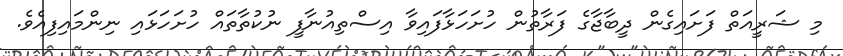
މި ޝަރީއަތް ފަށައިގެން ދީބާޖާގެ ފަރާތުން ހުށަހަޅާފައިވާ އިސްތިއުނާފީ ނުކުތާތައް ހުށަހަޅައި ނިންމައިފިއެވެ.